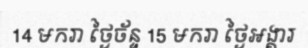
14 មករា ថ្ងៃច័ន្ទ 15 មករា ថ្ងៃអង្គារ